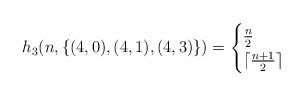
LaTeX: \begin{align*} h_3(n, \{(4,0), (4,1), (4,3)\}) =\begin{cases} \frac{n}{2} & \\ \lceil \frac{n+1}{2}\rceil & \end{cases} \end{align*}